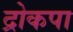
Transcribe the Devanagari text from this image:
द्रोकपा